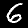
Digit: 6